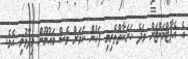
އެ އެޕާޓްމަންޓަށް ވަދެ ހަރަކާތްތެރިވި ފަހުން ކަމަށް ވެސް މައުމޫން ވިދާޅުވި އެވެ.